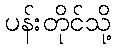
ပန်းတိုင်သို့